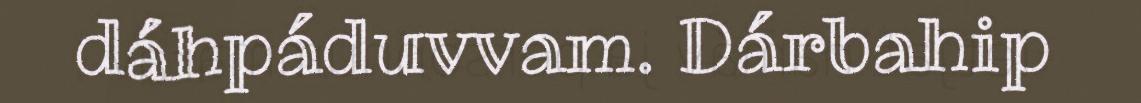
dáhpáduvvam. Dárbahip